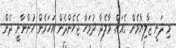
މި ދަނީ ޖާލިޔާމެން ގެއަށް. މާލެދާ ދުވަހާ ޖެހެންދެން އަހަރެން ހުންނާނީ ދެން